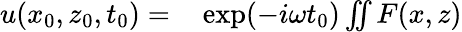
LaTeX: \begin{array}{rl}{u(x_{0},z_{0},t_{0})=}&{{}\exp(-i\omega t_{0})\iint F(x,z)}\end{array}